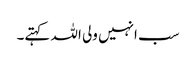
سب انہیں ولی اللہ کہتے۔